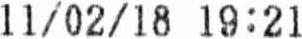
11/02/18 19 : 21